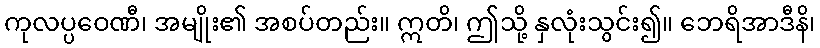
ကုလပ္ပဝေဏီ၊ အမျိုး၏ အစပ်တည်း။ ဣတိ၊ ဤသို့ နှလုံးသွင်း၍။ ဘေရိအာဒီနိ၊